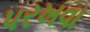
પરખવા